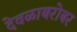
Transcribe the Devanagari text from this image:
देवळाबरोबर